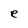
Character: e